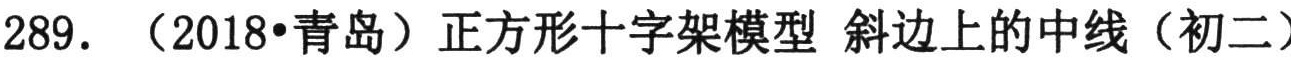
289. （2018•青岛）正方形十字架模型 斜边上的中线（初二）